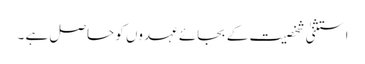
استثنیٰ شخصیت کے بجائے عہدوں کو حاصل ہے ۔